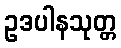
ဥဒပါနသုတ္တ